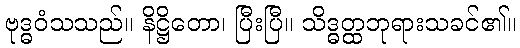
ဗုဒ္ဓဝံသသည်။ နိဋ္ဌိတော၊ ပြီးပြီ။ သိဒ္ဓတ္ထဘုရားသခင်၏။